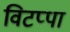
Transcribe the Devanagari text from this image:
विटप्पा